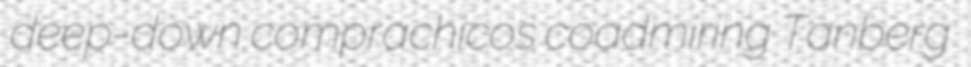
deep-down comprachicos coadmiring Tanberg